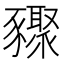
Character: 䝒